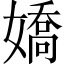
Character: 嬌